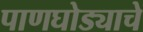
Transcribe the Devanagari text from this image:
पाणघोड्याचे